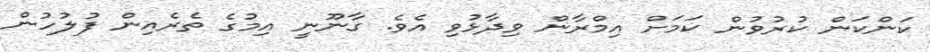
ކަންކަން ކުރުވުން ކަމަށް އިމްރާން ވިދާޅުވި އެވެ. ގާނޫނީ އިމުގެ ތެރެއިން ފުލުހުން